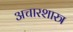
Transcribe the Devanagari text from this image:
अचारशास्त्र